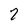
Character: 2